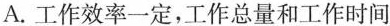
A.工作效率一定，工作总量和工作时间